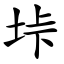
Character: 垰